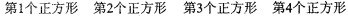
第1个正方形 第2个正方形 第3个正方形 第4个正方形